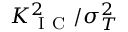
K _ { \mathrm { ~ I ~ C ~ } } ^ { 2 } / \sigma _ { T } ^ { 2 }